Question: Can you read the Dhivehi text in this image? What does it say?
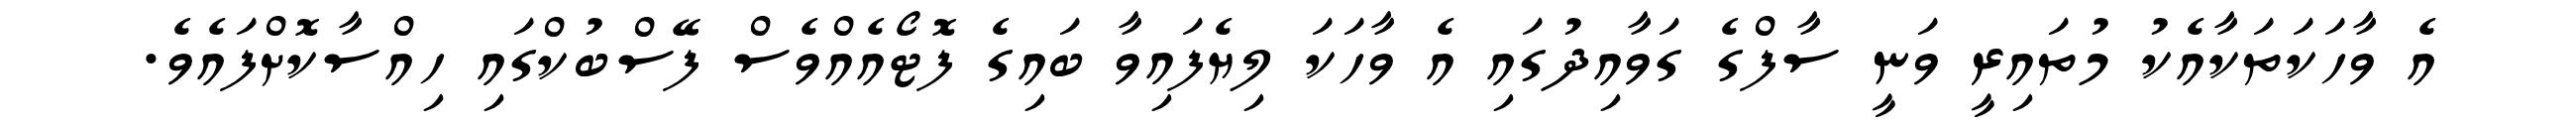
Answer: އެ ވާހަކަތަކާއެކު މުތައިރީ ވަނީ ސާފްގެ ގަވާއިދުގައި އެ ވާހަކަ ލިޔެފައިވާ ބައިގެ ފޮޓޯއެއްވެސް ފޭސްބުކްގައި ހިއްސާކޮށްފައެވެ.